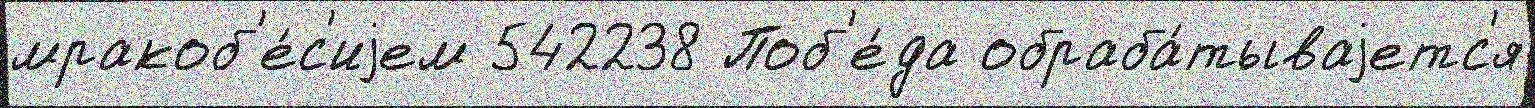
мракоб'е́с'иjем 542238 Поб'е́да обраба́тываjетс'я